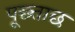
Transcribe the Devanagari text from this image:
पूछ्ताछ